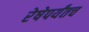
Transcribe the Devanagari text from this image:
रेषेपर्यंतच